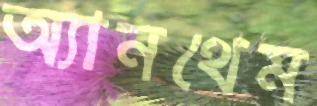
অ্যানথেম